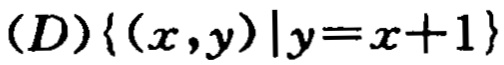
$(D)\{(x,y)|y = x + 1\}$